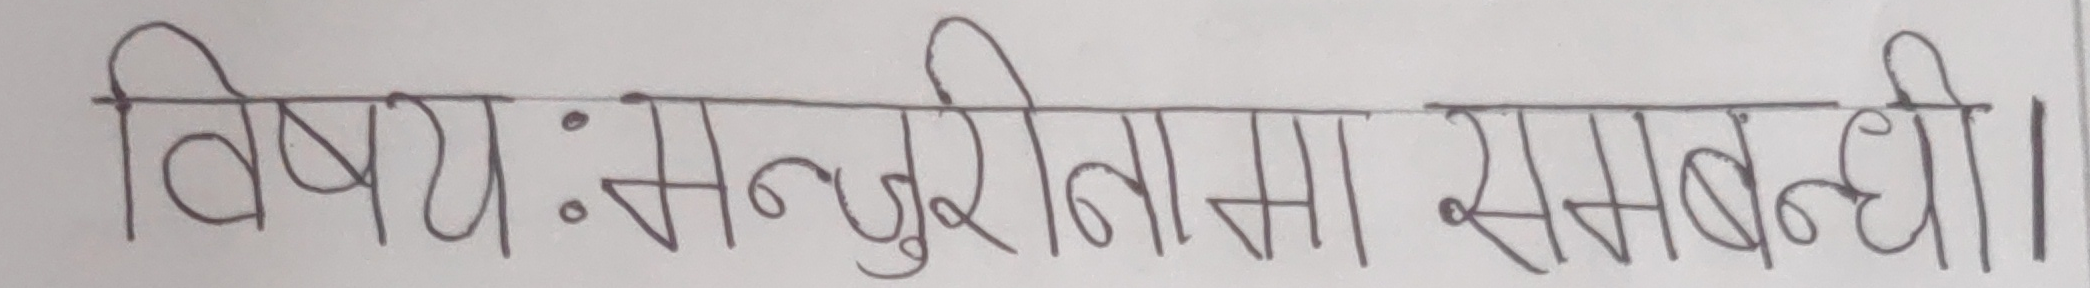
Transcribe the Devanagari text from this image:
विषयः मन्जुरीनामा सम्बन्धी।।